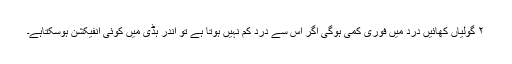
۲ گولیاں کھائیں درد میں فوری کمی ہوگی اگر اس سے درد کم نہیں ہوتا ہے تو اندر ہڈی میں کوئی انفیکشن ہوسکتاہے۔